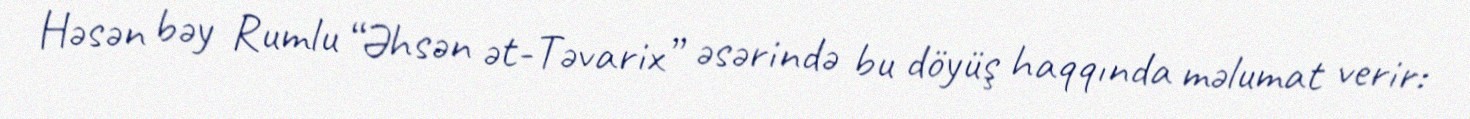
Həsən bəy Rumlu “Əhsən ət-Təvarix” əsərində bu döyüş haqqında məlumat verir: